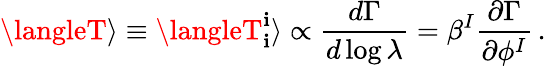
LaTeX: \langleT\rangle\equiv\langleT_{\mathbf{i}}^{\mathbf{i}}\rangle\propto{\frac{{d\Gamma}}{{d\log\lambda}}}=\beta^{I}{\frac{{\partial\Gamma}}{{\partial\phi^{I}}}}\, .